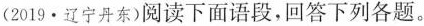
(2019·辽宁丹东)阅读下面语段，回答下列各题。